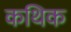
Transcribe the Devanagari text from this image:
कथिक